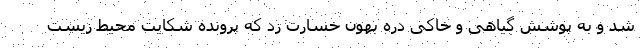
شد و به پوشش گیاهی و خاکی دره بهون خسارت زد که پرونده شکایت محیط زیست